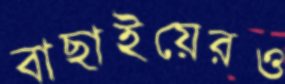
বাছাইয়েরও